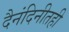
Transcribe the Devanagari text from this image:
दैनंदिनीतही